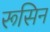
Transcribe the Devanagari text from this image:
रूसिन